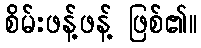
စိမ်းဖန့်ဖန့် ဖြစ်၏။